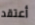
أعتقد